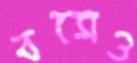
বসেও